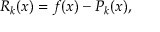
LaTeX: \ R _ { k } ( x ) = f ( x ) - P _ { k } ( x ) ,